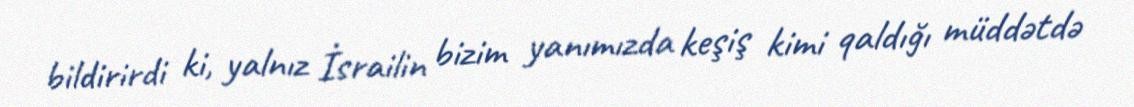
bildirirdi ki, yalnız İsrailin bizim yanımızda keşiş kimi qaldığı müddətdə